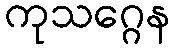
ကုသဂ္ဂေန